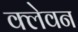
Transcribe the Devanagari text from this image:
क्लेवन